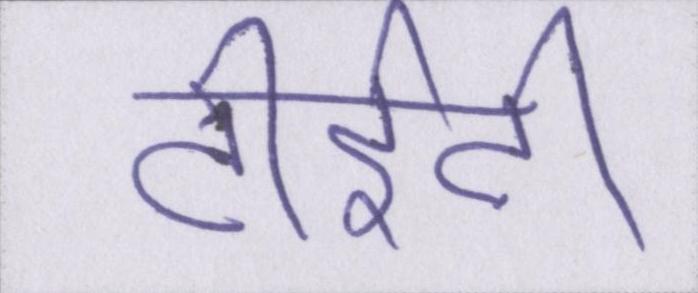
टीईटी